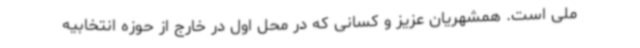
ملی است. همشهریان عزیز و کسانی که در محل اول در خارج از حوزه انتخابیه